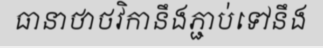
ធានាថាថវិកានឹងភ្ជាប់ទៅនឹង